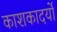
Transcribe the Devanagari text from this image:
काशकादर्यो